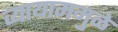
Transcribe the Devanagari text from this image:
व्यायाममुळे